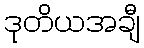
ဒုတိယအချီ